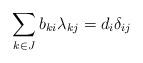
LaTeX: \begin{align*}\sum_{k\in J}b_{ki}\lambda_{kj}=d_{i}\delta_{ij}\end{align*}